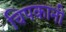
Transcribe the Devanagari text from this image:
चिपकानी